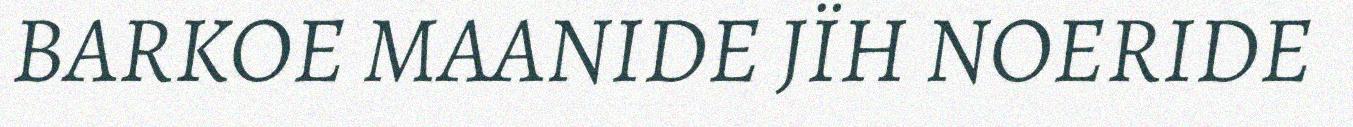
BARKOE MAANIDE JÏH NOERIDE